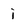
Character: i